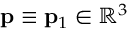
\ensuremath { \mathbf { p } } \equiv \ensuremath { \mathbf { p } } _ { 1 } \in \mathbb { R } ^ { 3 }